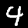
Label: 4